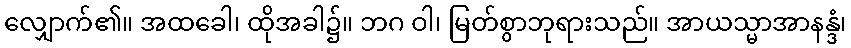
လျှောက်၏။ အထခေါ၊ ထိုအခါ၌။ ဘဂ ဝါ၊ မြတ်စွာဘုရားသည်။ အာယသ္မာအာနန္ဒံ၊